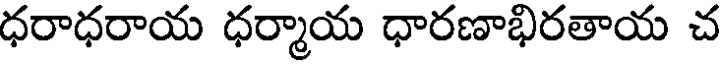
ధరాధరాయ ధర్మాయ ధారణాభిరతాయ చ